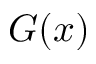
G ( x )